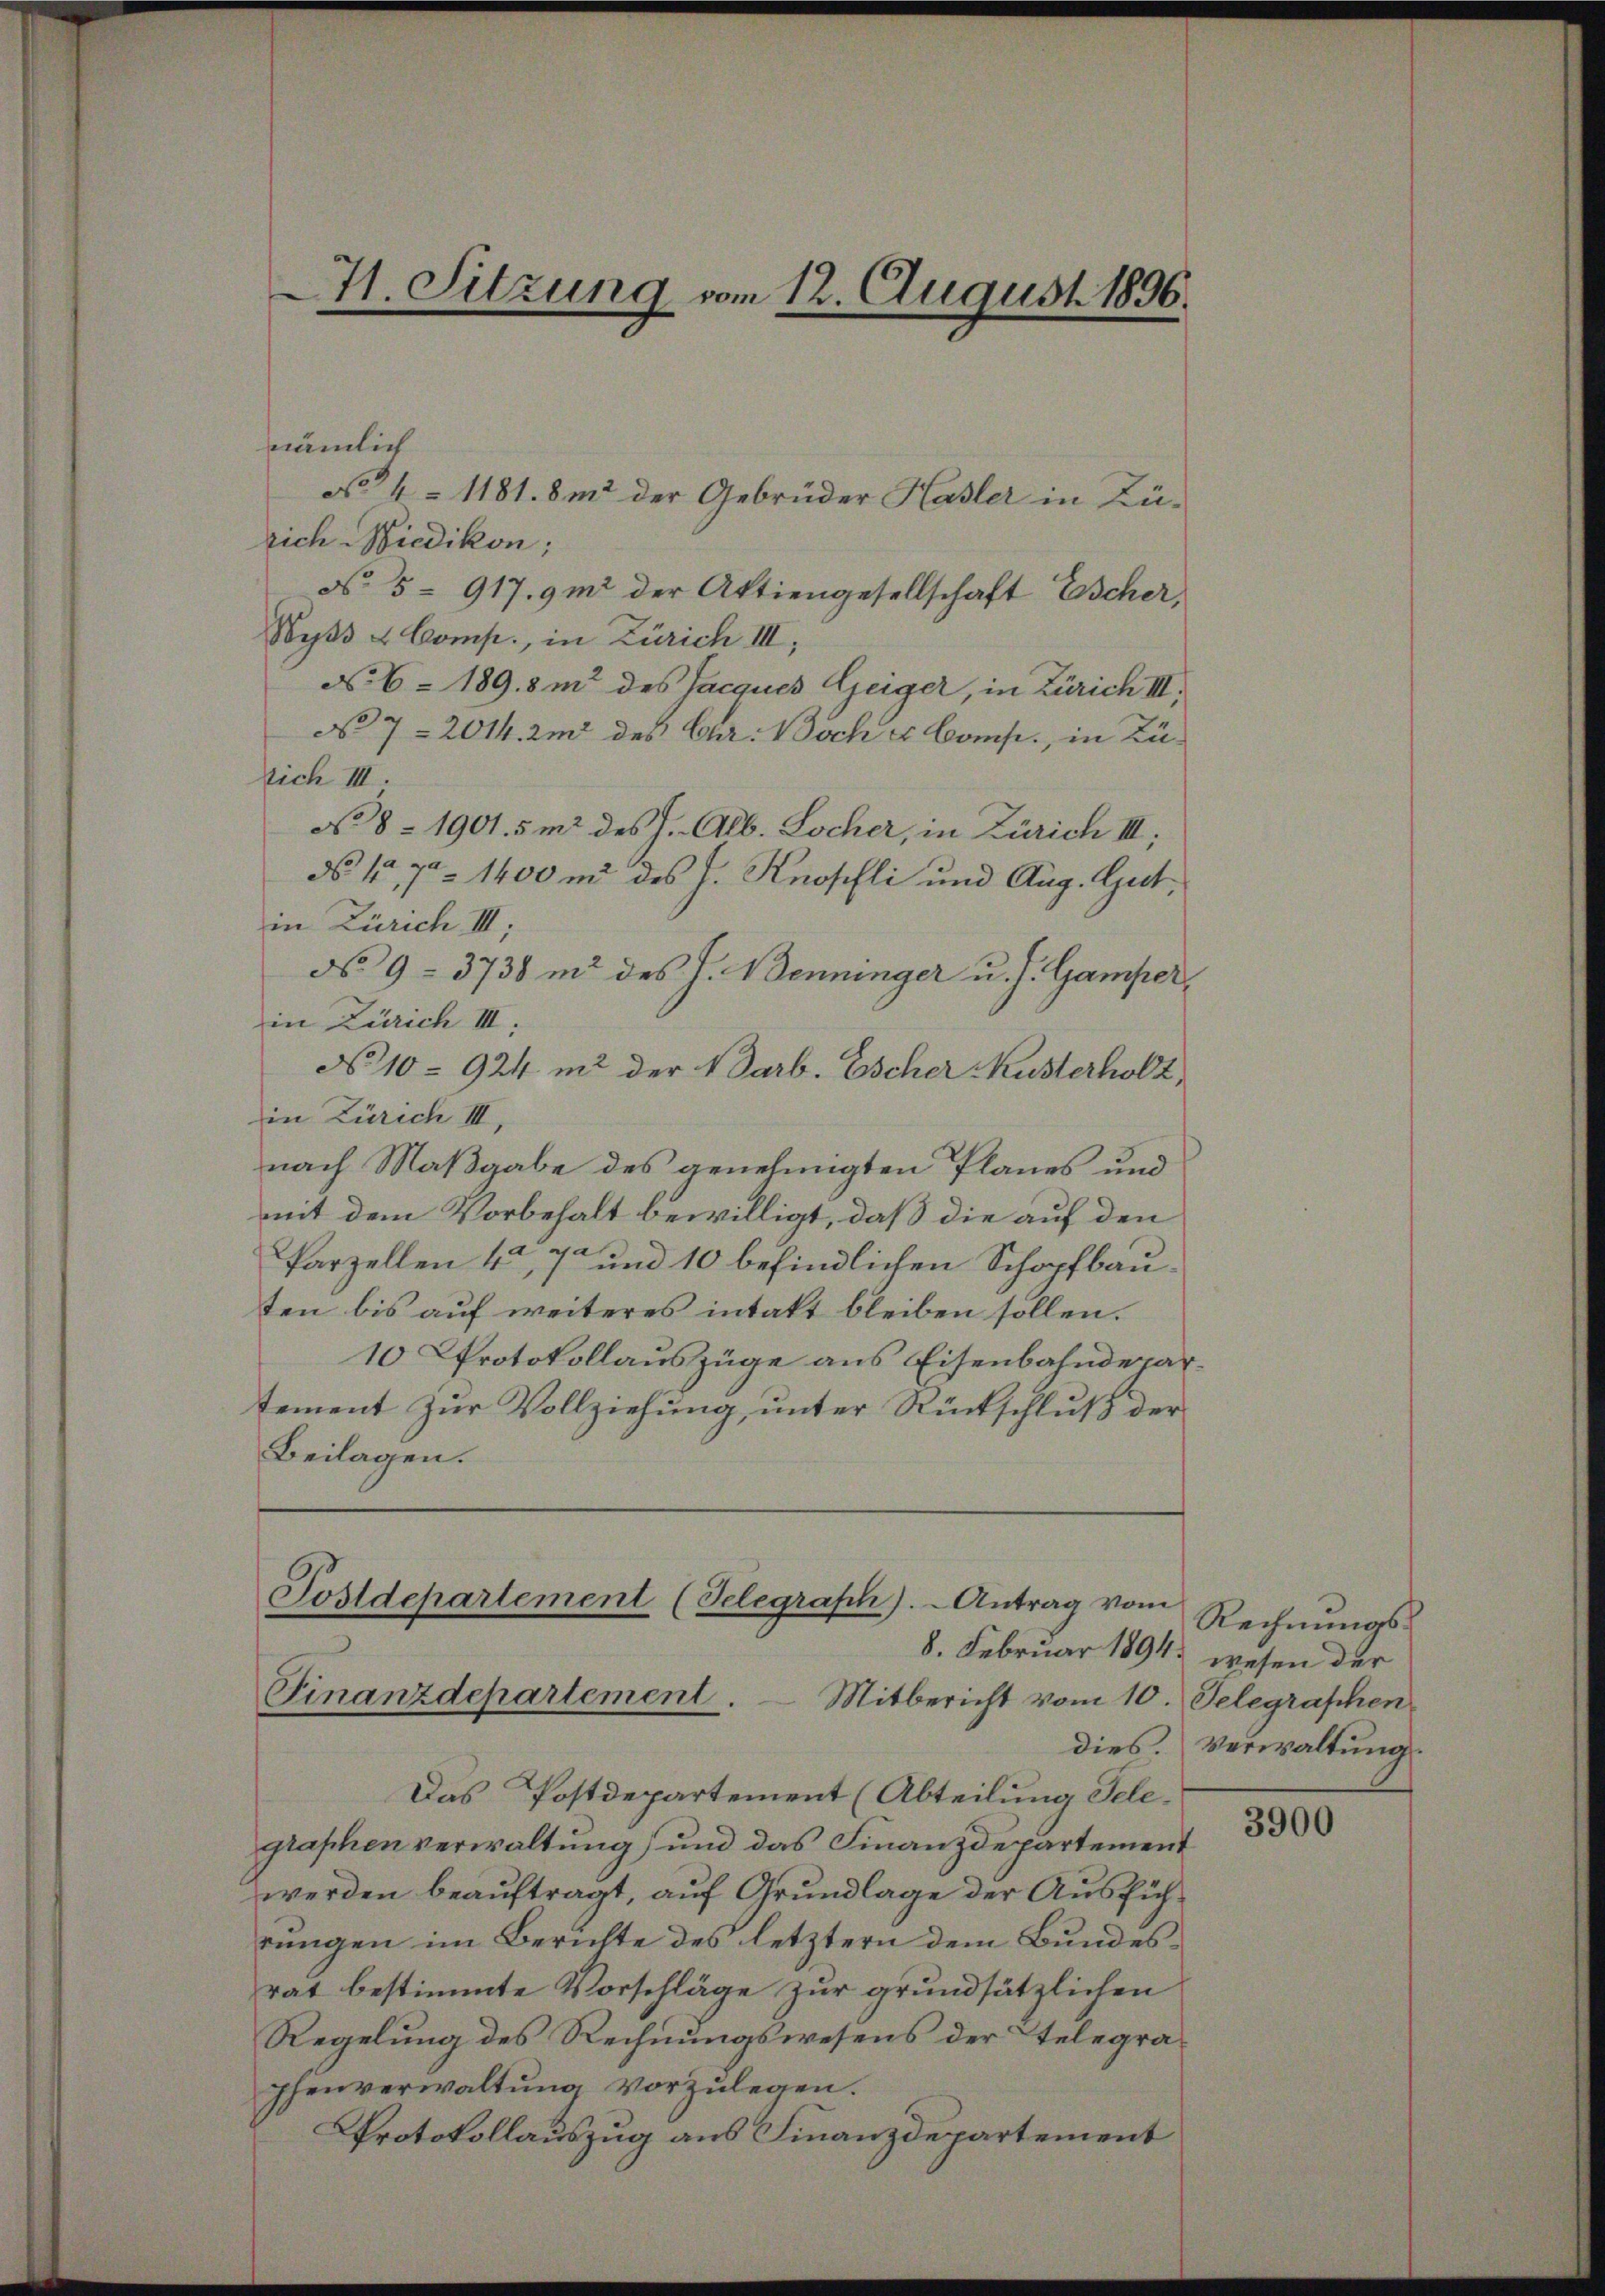
nämlich
No. 4 = 1181. 8m2 der Gebrüder Hasler in Zürich Wiedikon;
No 5- 917.9m der Aktiengesellschaft Escher,
Wyß & Comp., in Zürich III,
No. 6 - 189.8m des Jacques Geiger, in Zürich III.
No 7 - 2014. und des Cur. Biche Comp., in Bülich III.
No 8 - 1901.5m2 des J. Alb. Locher, in Zürich III,
N 1,70 1400 m des h. Knopfli und Aug. Gut,
in Zürich III
No 9 - 3738 in des J. Benninger u. s. Gamperin Zürich III.
No 10 - 924 mit der 1 Parb. Escher Kusterholt,
in Zürich III,
nach Maßgabe des genehmigten Planes und
mit dem Vorbehalt bewilligt, daß die auf den
Parzellen 4, 7 und 10 befindlichen Schopfbauten bis auf weiteres intakt bleiben sollen.
10 Protokollauszüge aus Eisenbahndepartement zur Vollziehung, unter Rückschluß der
Beilagen.

Das Postdepartement (Abteilung Telegraphenverwaltung) und das Finanzdepartement
werden beauftragt, auf Grundlage der Ausführungen im Berichte des letztern dem Bundesrat bestimmte Vorschläge zur grundsätzlichen
Regelung des Rechnungswesens der Telegraphenverwaltung vorzulegen.
Protokollauszug aus Finanzdepartement

H. Sitzung vom 12. August 1896.

Postdepartement (Telegrasch). Antrag vom
8. Februar 1894.
Finanzdepartement. Mitbericht vom 10. Selegraphen

Rechnungswesen der
dies. Verwaltung.

3900